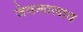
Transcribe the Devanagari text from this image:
जेवलालाव